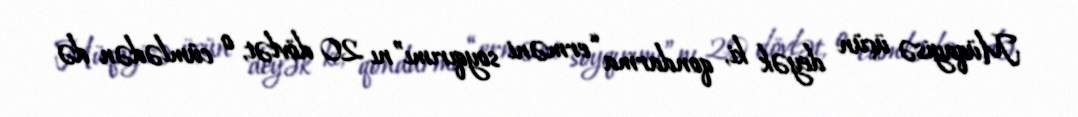
Müqayisə üçün deyək ki, qondarma “erməni soyqırımı”nı 20 dövlət, o cümlədən də